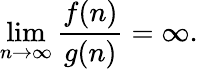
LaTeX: \operatorname*{lim}_{n\to\infty}\frac{f(n)}{g(n)}=\infty.